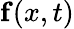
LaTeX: \mathbf{f}(x,t)